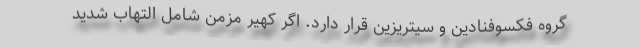
گروه فکسوفنادین و سیتریزین قرار دارد. اگر کهیر مزمن شامل التهاب شدید